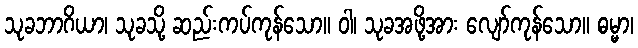
သုခဘာဂိယာ၊ သုခသို့ ဆည်းကပ်ကုန်သော။ ဝါ၊ သုခအဖို့အား လျော်ကုန်သော။ ဓမ္မာ၊